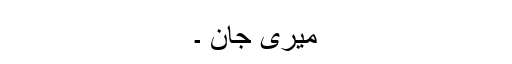
میری جان ۔